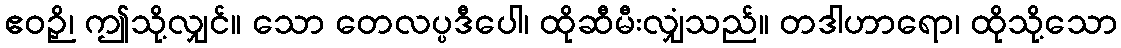
ဧဝဉှိ၊ ဤသို့လျှင်။ သော တေလပ္ပဒီပေါ၊ ထိုဆီမီးလျှံသည်။ တဒါဟာရော၊ ထိုသို့သော